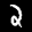
Label: 2